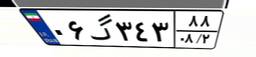
۰۶گ۳۴۳۸۸